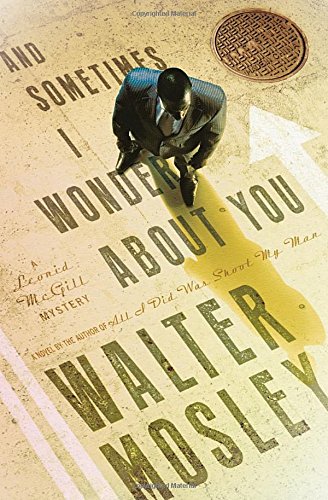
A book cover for And Sometimes I Wonder About You: A Leonid McGill Mystery (Leonid McGill Mysteries); Walter Mosley; Mystery, Thriller & Suspense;